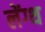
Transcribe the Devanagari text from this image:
लेंग्थ